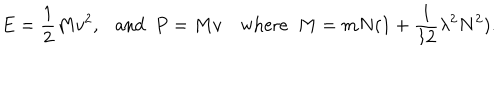
E = { \frac { 1 } { 2 } } M v ^ { 2 } , \ \ \ \mathrm { a n d } \ \ P = M v \mathrm { w h e r e } \ \ M = m N ( 1 + { \frac { 1 } { 1 2 } } \lambda ^ { 2 } N ^ { 2 } ) .